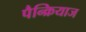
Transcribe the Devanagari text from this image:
पैन्क्रियाज